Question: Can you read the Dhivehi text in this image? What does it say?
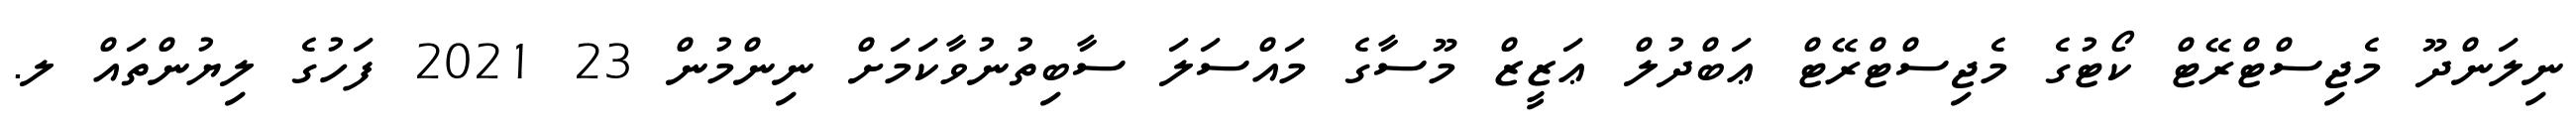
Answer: ނިލަންދޫ މެޖިސްޓްރޭޓް ކޯޓުގެ މެޖިސްޓްރޭޓް ޢަބްދުލް ޢަޒީޒް މޫސާގެ މައްސަލަ ސާބިތުނުވާކަމަށް ނިންމުން 23 2021 ފަހުގެ ލިޔުންތައް ލ.